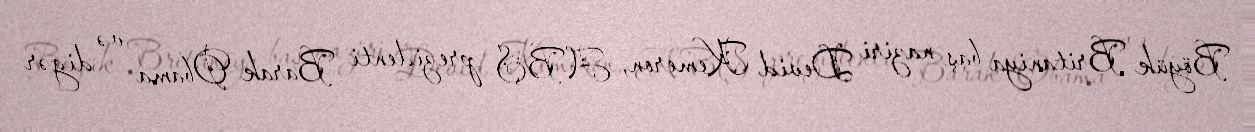
Böyük Britaniya baş naziri Devid Kemeron, ABŞ prezidenti Barak Obama və digər